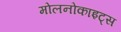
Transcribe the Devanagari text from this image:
मोलनोकाइट्स